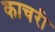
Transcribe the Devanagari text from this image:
काचरी